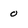
Character: 0